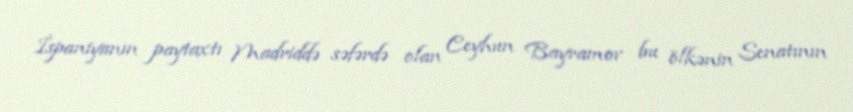
İspaniyanın paytaxtı Madriddə səfərdə olan Ceyhun Bayramov bu ölkənin Senatının